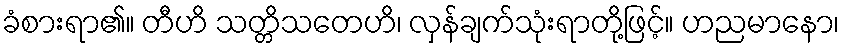
ခံစားရာ၏။ တီဟိ သတ္တိသတေဟိ၊ လှန်ချက်သုံးရာတို့ဖြင့်။ ဟညမာနော၊